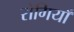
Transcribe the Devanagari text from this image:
रोगियाँ